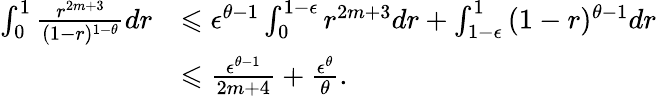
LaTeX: \begin{array}{rl}{\int_{0}^{1}{\frac{r^{2m+3}}{(1-r)^{1-\theta}}}dr}&{\leqslant\epsilon^{\theta-1}\int_{0}^{1-\epsilon}{{r^{2m+3}}}dr+\int_{1-\epsilon}^{1}{(1-r)^{\theta-1}}dr}\\ &{\leqslant\frac{\epsilon^{\theta-1}}{2m+4}+\frac{\epsilon^{\theta}}{\theta}.}\end{array}